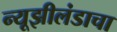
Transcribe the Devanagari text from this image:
न्यूझीलंडाचा